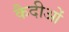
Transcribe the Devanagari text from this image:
कैदीओं